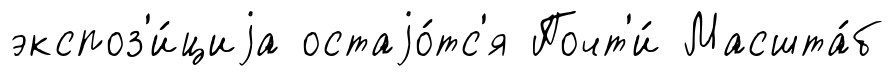
экспоз'и́циjа остаjо́тс'я Почт'и́ Масшта́б